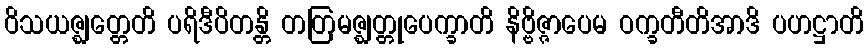
ဝိသယဇ္ဈတ္တေတိ ပရိဒီပိတန္တိ တတြမဇ္ဈတ္တုပေက္ခာတိ နိဗ္ဗိဇ္ဇာပေမ ဝက္ခတီတိအာဒိ ပဟဋ္ဌာတိ